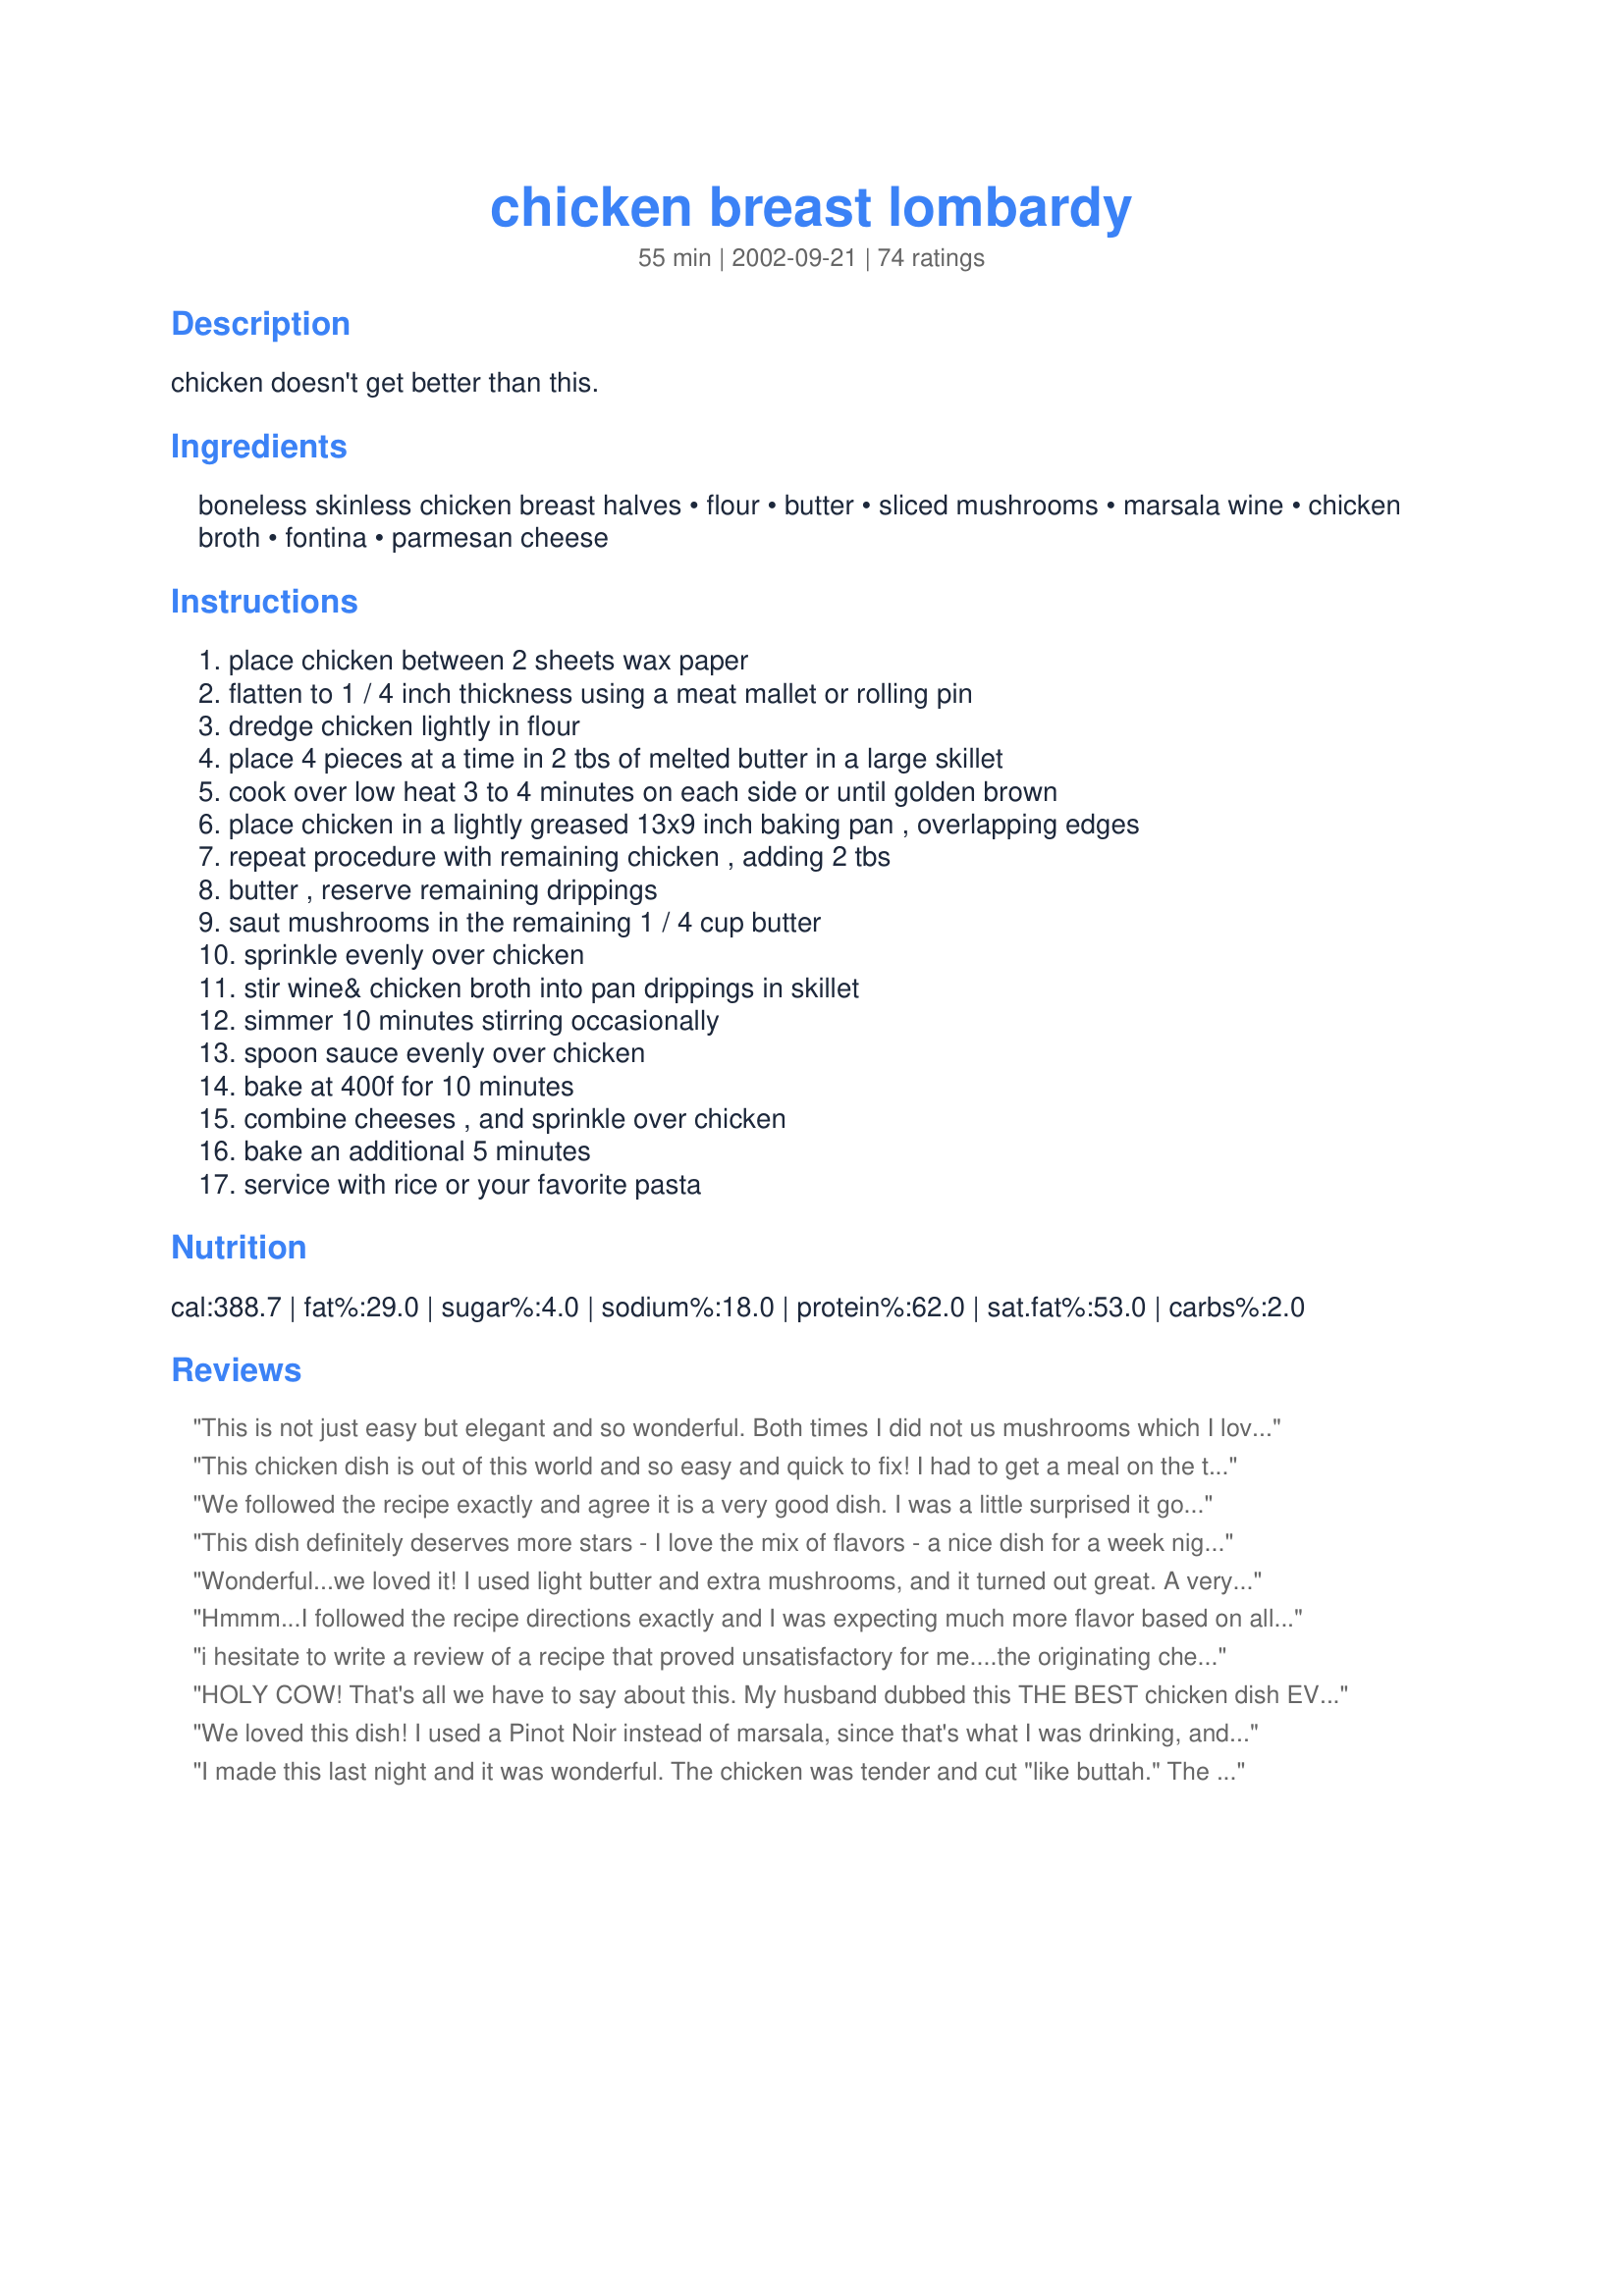
chicken breast lombardy
Preparation time: 55 minutes

chicken doesn't get better than this.

Ingredients:
boneless skinless chicken breast halves, flour, butter, sliced mushrooms, marsala wine, chicken broth, fontina, parmesan cheese

Steps:
place chicken between 2 sheets wax paper, flatten to 1 / 4 inch thickness using a meat mallet or rolling pin, dredge chicken lightly in flour, place 4 pieces at a time in 2 tbs of melted butter in a large skillet, cook over low heat 3 to 4 minutes on each side or until golden brown, place chicken in a lightly greased 13x9 inch baking pan , overlapping edges, repeat procedure with remaining chicken , adding 2 tbs, butter , reserve remaining drippings, saut mushrooms in the remaining 1 / 4 cup butter, sprinkle evenly over chicken, stir wine& chicken broth into pan drippings in skillet, simmer 10 minutes stirring occasionally, spoon sauce evenly over chicken, bake at 400f for 10 minutes, combine cheeses , and sprinkle over chicken, bake an additional 5 minutes, service with rice or your favorite pasta

Reviews:
This is not just easy but elegant and so wonderful. Both times I did not us mushrooms which I love but my husband dosn't. The second time I threw in some sun dried tomatoes with the simmering sauce and put on top of the chicken (Excellent)
This chicken dish is out of this world and so easy and quick to fix! I had to get a meal on the table fast and this was just the answer. It has a 5 star flair, too!
We followed the recipe exactly and agree it is a very good dish. 

I was a little surprised it got 5 stars across the board. I made this dish for 5 friends and nobody commented on it but they finished their plates.

If I made it again I think I would double the amount of mushrooms as well as marsala wine and chicken broth.
This dish definitely deserves more stars - I love the mix of flavors - a nice dish for a week night or a special dinner. Used mozzarella this time, but would like to try with the fontina next. Thanks!
Wonderful...we loved it! I used light butter and extra mushrooms, and it turned out great. A very easy, yet elegant meal. Thanks for sharing.
Hmmm...I followed the recipe directions exactly and I was expecting much more flavor based on all the great reviews.
i hesitate to write a review of a recipe that proved unsatisfactory for me....the originating chef thought that the recipe was worthy; who am i to insult them...i never hesitate with an outstanding entry like this...even if i did nothing different and only followed the prescribed steps, the further identification by sheer repetition of positive reinforcement marks for future Zaar readers that this is a must-try... one further note - the wine and broth will thicken without additives if given time and heat in step 12...furthermore, the baking will also thicken the liquid, which should be transferred from the baking dish at plating.
HOLY COW! That's all we have to say about this. My husband dubbed this THE BEST chicken dish EVER. I thought it was good too (a 5 star) but I'm not as in love with chicken marsala as my DH is and this dish really is marsala taken up a great big notch. I used 5 thin chicken breasts and doubled the sauce (as previous reviewers stated) and was glad I did. There was not enough to coat a side of pasta even with the doubled sauce (and halved chicken) but it allowed for a nice amount of sauce on the chicken...which was delicious! I used fontina cheese and a GREAT quality marsala. I also added 5 cloves minced garlic to the mushroom saute process. EXCELLENT recipe! Thanks for posting this one.
We loved this dish! I used a Pinot Noir instead of marsala, since that's what I was drinking, and mozz. cheese. Even the young kids liked it well enough, but my husband and I loved it.
I made this last night and it was wonderful. The chicken was tender and cut "like buttah." The sauce was very flavorful and the combination of the sauce and the cheeses was very delicious. Thank you for an easy recipe that will definitely be in my rotation!!
This needed more stars, The chicken just melts in your mouth, I am going to make this again. You were right Cher chicken, doesn't get any better than that. Thanks for sharing Denise
my dh just loved this!!!! so much so that he invited a few ppl over from the firm for a 'dressy' dinner. thanks. it's fast, easy and impressive.
Another 5 star review, and another 5 star recipe from Just Cher. We thoroughly enjoyed this meal this evening. We had never had fontina cheese before, and the blend of it with the parmesan cheese was delicious. I used chicken thighs in this, mainly because we were using chicken breasts for a couple of other recipes and I wanted a change, and they came out beautifully. Thank you for this wonderful recipe! Dianne
This recipe is well-worth trying. I used dry red wine & mozzarella because I had them on hand. It turned out great. Thanks
Very good! After cooking and reviewing new recipes for days I decided to try one that was already known to be highly rated. This one did not let me down. DH and I enjoyed this very much. I made only half the chicken, but wish I had doubled the sauce!! (Don't know how there would be enough for the whole recipe.) Thanks for a keeper!
My mom used to make this and she said she found it in a cookbook. I have searched high and low for this recipe! The only thing my mom did differently was add green onions and I think that makes it really special. Love this recipe!!!
 This chicken is simply awesome!! We had just been out picking chantrelle mushrooms so we used those instead of regular ones. Every bite melted in your mouth, it really was great.
Definitely a five star! To enhance the taste, I sprinkle a little salt and pepper over the chicken before coating it with flour. Used red wine and water instead of masala wine & chicken broth. Hv replaced mozerella & parmesan with sliced cheese. Despite the use of different ingredients, the chicken still turn out great.
Absolutely fabulous! Used only 5 chicken breasts instead of 8, but kept all the sauce - really glad I did - it is simply delicious! An instant hit with my husband and kids! I used a blend of Fontina, Parmesan, Romano and Provolone cheeses (and used a little extra as well) - just great! Served it with herbed brown and wild rice and a fresh green salad - lovely! Thanks for this wonderful recipe - we'll use it again and again! Absolutely good enough for company!
I picked this recipe at random, simply because I needed a chicken recipe in a hurry, and I picked well.

The instructions were very clear and straight forward. I found plastic wrap works equally well for pounding the chickens flat. 

This recipe matched well with a Zataran's Brown Rice and Wild Mushroom Mix, and a nice white burgundy.

My mother has still not stopped talking about what a good job I did and can't wait to come over again for more food.

Well done I say, well done.
Excellent recipe. I had no marsala wine, but substituted dry cream sherry and it was delicious. The flattened out breasts were fork tender. I will definitely make this again. A fancy tasting easy quick recipe. Thank you Just Cher!
This is one of the best recipes I've gotten off the web! I added more mushrooms and doubled the sauce. I had to use parmesan since I couldn't find fontina at my grocer's. Also my DH butterflied the chicken for me instead of pounding it out. The breading is perfect, the sauce is perfect, etc. I served it at a dinner, and couldn't stop the compliments!
Excellent!! I could&#039;ve licked the plate and then had more! I only had boneless thighs and they were so tender in this recipe. Definitely will be on my Make Again list!
I tried this recipe and it was one of the BEST chicken dishes I have ever made. My husband and I LOVED it!!!!!!
It was easy and will be one of our favorites.
Thank you!!!!



Very good. However, not wanting to buy a whole bottle of Marsala, I used a white wine instead. I did thicken the pan drippings with a bit of flour as well. Also, as I couldn't find my meat mallet, I cooked the thick breasts for 30 minutes at 350 degrees. It was great!
I found this recipe years ago in Southern Living and use it often. It's one of my favorite dishes. My family doesn't like mushrooms, so i go easy with them on their chicken, and then go heavier with them on mine, and have them as myh side dish.

i didn't have Marsala, and just used a good, dry red wine.
I've been making this since 1982! I gave away my SL 82 cookbook, what was I thinking, called mother-in-law, thankfully she doesn't get rid of anything! We love this, it's a family favorite. I always double the sauce and double the mushrooms. It's very good. I fillet my chicken breasts instead of pounding it goes very fast. I serve with bread - everyone loves to sop up the yummy sauce.
My husband and I loved this recipe--very flavorful and tastes even better the next day. The only change I made was to doubled the toppings (the mushrooms and cheese) because we really love the flavor.
With all the rave reviews, I was expecting a lot more flavour. I enjoyed the dish (and made it for the first time for a bday party) but didn't find it outstanding.
This is one of the best chicken recipes I have ever tasted! I served it over linguini with some marsala sauce drizzled over the pasta. My family loved it! Thanks for the recipe.
This was an awesome recipe! DH loved it too. Definitely a keeper!
Delicious. The sauce didn't thicken up and there wasn't enough sauce, but it was very good. I will definitely make this dish again.
Simply outstanding! I made a few minor changes. I used a pinot noir that pairs well with chicken instead of marsala. I added one thinly sliced yellow onion to the mushroom saute. I also added one Tbs flour to the wine/stock mixture and used 2/3 cup of stock instead of 1/3 because the breasts we used were rather large. Very, very good fork tender chicken and a delicious sauce.
This was excellent! My husband even helped make it. The marsala gave it a lovely flavor. It was so easy to make, too. The only thing I changed was that I used locatelli cheese instead of parmesan and it was fabulous. Thank you Cher, we'll have this again & again
I'm always looking for new ways to make chicken. My family very much enjoyed this recipe and it was easy to prepare. It's a keeper.
I had my misgivings about marsala together with cheese, but it wasn't bad. 

The sauce was just a liquid of butter, marsala and broth.. I thought it would thicken up, but didn't. Good taste, cooked up easy and served with angel hair pasta.

Thanks.
Simple Easy and DELICIOUS!!! I had all the ingredients so I figured I'd give this a try and it was a wise decision. I only used 4 chicken breasts but made the sauce as called for (we love sauce) and this sauce was so delicious you could eat it with a spoon. I added some corn starch to the sauce before pouring over breasts so it would make a thick gravy and it was perfect. I used about a cup of mozzarella cheese and 1/2 cup parmesian. Hubby demanded I save this recipe and to make it often. Thanks for posting!!!!
This was great. I only cooked half of what the recipe said, and then people wished there were leftovers.
the best
WOW! Excellent dish!
This dish was pretty good, my husband enjoyed it a lot. We felt like something might have been missing but didnt know what. Overall, a good meal.
Very, very good! My DS and I really enjoyed this. I used half the chicken called for as it's just my son and I, but kept the sauce quantity as posted. I wish I had doubled the sauce - it was just absolutely delicious!! Thanks for sharing!
Even though I had to substitute 1/4 cup white wine and 1/4 cup grape juice for the marsala wine - this came out awesome! I also only used 4 chicken breasts (but the full amount of everything else) & only 1/2 the butter and I wouldn't do it any other way. Oh, I also did not pound out the breasts (too lazy) and they were delicious!
This great dish is in our regular rotation. My dh and I don't really care too much for mushrooms, but still love this dish. Easy to make and it does really come out like it came from you favorite Italian restaurant. My 2 and 5 year olds like it too I just serve butterred noodles on the side.
I have made this twice now. Simply fantastic. Instant favorite. Thanks.
Man oh man was this good! I could have this twice a week! Flavors are incredible and love the addition of the cheeses. Great dish for company when you want the "Wow" factor! This is it! Thanks for posting it for us Cher!
It was delicious. Thank you!
This was excellent! My hubby said to give it 10 stars. I did add a tiny bit of flour to thicken the sauce slightly and served with rice. This is definitely going on the regular schedule. Thanks for posting this
This is such a great recipe! We made it with two breasts and halved the remaining ingredients.
GREAT! I have been asked to make this again.
Absolutely loved it... make more sauce though... everyone will want it !
Gosh ... This is Great!
After reading reviews I thought I would tweak this recipe. Wow, what a fantastic dish. Ok, for what I did differently. Along with the flour I added fresh ground pepper, salt and some basil. I dredged as directed, then browned. Along with sauté the mushrooms I threw in 2 cloves of minced garlic. I added more chicken broth and more wine to sauce mixture, and then I thickened it before I put on chicken. Simply outstanding. We loved it!!!
We loved this dish. Easy and delicious. I used fresh mozzarella and chianti.
Really good. Very similar to Marsala. Thanks!
This was very, very good and easy to make. The only change I made was to throw in a Tbs of capers.
Fabulous chicken, Just Cher and extremely easy to make. The sauce was particularly yummy. We loved the flavor of the wine and pan drippings. Made an ordinary dinner extraordinary. Thank-you.
Our favorite chicken recipe! Instead of pounding the chicken flat we filet it into 1/4 to 1/2 inch slices. We always try to make twice as much as we need, because it is just as good used as left-overs.
This tastes like it would be served at a very nice restaurant. I have made this twice and it is wonderful! There are only 3 of us, so I use 3 breasts. I salt and peppered the chicken on both sides before dredging in flour. I used more mushrooms (crimini), since we love them. I doubled the sauce with a little cornstarch to thicken. I also added a little chopped fresh thyme to the sauce. Rosemary would also be a good option, but I would definately use fresh herbs on this recipe. I served this with mashed potatoes.
This is one of my favorite chicken recipes. I don&#039;t care for wine, so I used a whole can of low sodium chicken broth instead. I also added a small amount of corn starch to the soup. My whole family loved it.
Recipe is perfect! Great with mashed potatoes. I didn't have marsala wine, so used some sauvignon blanc I had open. Both kids and husband devoured it.
My partner and I have chicken once a week, so we are always on the look out for new and interesting recipes. The results of this recipe were outstanding! I doubled the sauce ingredients and thickened with a cornstarch/water slurry so we'd have extra to pour over our chicken and Recipe #252762. Also, for ease of clean up for my partner, I made this entirely on the stove top. A wonderful and easy winter meal! Thanks much for sharing!
This recipe is easy, fast and delicious. We substituted fruit juice for the Marsala and it was still tasty.
I chose to make this recipe because I had a large amount of mushrooms that needed to be eaten. I followed other reviewers advice and doubled the sauce, thickened it with a little flour, and added more mushrooms. I also cut down the chicken portion to 2 breasts which I butterflied since I don't own a meat mallet or rolling pin, creating 4 very filling servings. It wasn't a bad recipe, I've just had better. This was the first time I had ever used marsala wine and the taste simply wasn't for me. No fault of the recipe. I might try it again sometime omitting the wine and just having a nice chicken gravy.
This is some yummy chicken! I cut the recipe in half to feed just me and my BF and there weren't any leftovers. Great flavor.
This one of the best chicken recipes I have found. Easy, moist, tender and the gravy is great! Thanks for the recipe.
This is one chicken recipe that stands out from the rest. The flavor is awesome. Don't miss this one.
Wow! This dish is so rich and wonderful. I should have doubled the sauce but with only one chicken breast I thought the single sauce would be adequate. Lots more mushrooms too! Thanks
An amazing dish, I doubled the mushrooms and sauce because our family loves them. Very similar to chicken marsala the cheese adds a nice little touch.
WOW this was very good! I halved the recipe because it's just 3 of us. The only thing I did different was used garlic flavored chicken broth. We're just plain old cajuns and have never tried foods we only heard of on tv, but this was really good my picky picky DH loved it! I don't rate much so this is a real compliment!
This one is a keeper. it was so simple to make and had great flavor. thanks
Simply delicious! It was hard for me not to overstuff myself. I used only mazzarella and whatever wine I had. I'll definitely make this again, and again, and again. Thanks, Just Cher!
I&#039;m only giving this 4 stars because there just was not enough sauce. I&#039;m not sure I would make again as my kids didn&#039;t really like it as I make a really good chicken Marsala that they really love.
This is delicious. I left out the mushrooms & thickened the sauce with a little flour. Served w/parmesan rice it made a wonderful meal.
Asome!
